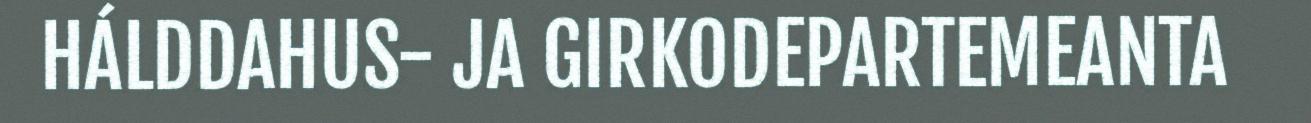
HÁLDDAHUS- JA GIRKODEPARTEMEANTA